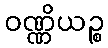
ဝဏ္ဏိယဉ္စ